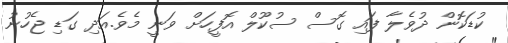
ކުޑަކޮން ދުވެލާ ފައި ގޮސް ސުކޫލް އޮފީހަށް ވަނީ މެވެ.އަދި ގަޑި ޖެހުނު